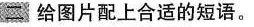
二 给图片配上合适的短语。